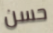
حسن